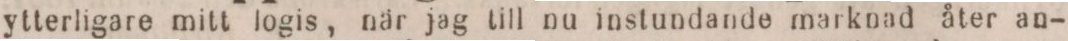
ytterligare mitt logis, när jag till nu instundande marknad åter an-